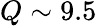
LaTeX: Q\sim 9.5